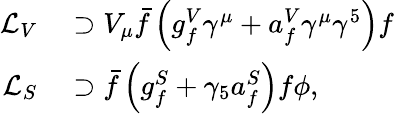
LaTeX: \begin{array}{rl}{\mathcal{L}_{V}}&{{}\supset V_{\mu}\bar{f}\left(g_{f}^{V}\gamma^{\mu}+a_{f}^{V}\gamma^{\mu}\gamma^{5}\right)f}\\ {\mathcal{L}_{S}}&{{}\supset\bar{f}\left(g_{f}^{S}+\gamma_{5}a_{f}^{S}\right)f\phi,}\end{array}